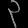
Digit: ၃